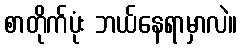
စာတိုက်ပုံး ဘယ်နေရာမှာလဲ။